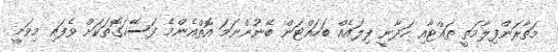
މަތާރަންފިލާމަތީ ތައްޓާއި ހަދާނީ ފިލައެއް ބަހައްޓަން ބޭނުންނަމަ އޮތްއެންމެ ފަސޭހަގޮތަކަށް ވެފައި މިވަނީ